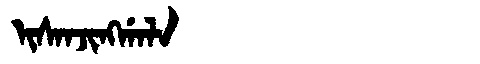
Manchu: ᡳᠰᠠᠨᠵᡳᠩᡤᠠᠯᠠ
Romanization: ISANJINGGALA